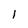
Character: l